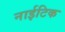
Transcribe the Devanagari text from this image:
नाईटिक